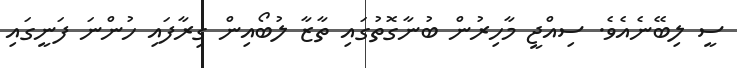
ސީ ލިބޭނެއެވެ. ސިއްޖީ މާހިރުން ބުނާގޮތުގައި ތާޒާ ލުބޯއިން ގިރާފައި ހުންނަ ފަނީގައި